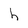
Character: h